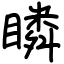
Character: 瞵